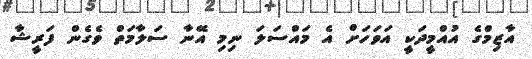
އާޒިމްގެ އުއްމީދަކީ އަވަހަށް އެ މައްސަލަ ނިމި އޭނާ ސަލާމަތް ވެގެން ފަރީޝާ